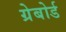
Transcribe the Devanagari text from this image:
ग्रेबोर्ड